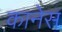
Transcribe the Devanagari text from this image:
कानेस